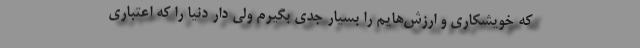
که خویشکاری و ارزش‌هایم را بسیار جدی بگیرم ولی دارِ دنیا را که اعتباری